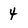
Character: 4